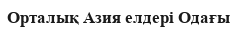
Орталық Азия елдері Одағы